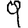
Digit: 9